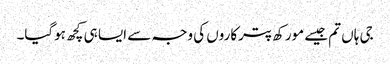
جی ہاں تم جیسے مورکھ پترکاروں کی وجہ سے ایسا ہی کچھ ہوگیا۔